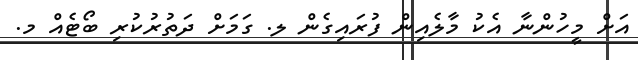
އަށް މީހުންނާ އެކު މާލެއިން ފުރައިގެން ލ. ގަމަށް ދަތުރުކުރި ބޯޓެއް މ.